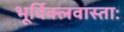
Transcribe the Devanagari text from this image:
भूर्विक्लवास्ताः